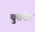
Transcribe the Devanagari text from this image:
थुबटेन